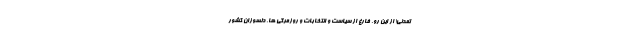
تمدنی! از این رو، فارغ از سیاست و انتخابات و روزمرگی ها، دلسوزان کشور